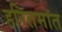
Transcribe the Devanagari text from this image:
हरितमात